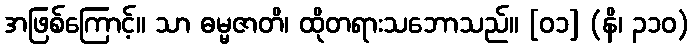
အဖြစ်ကြောင့်။ သာ ဓမ္မဇာတိ၊ ထိုတရားသဘောသည်။ [၀၁] (နိ၊ ၃၁၀)